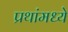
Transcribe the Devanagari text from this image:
प्रथांमध्ये